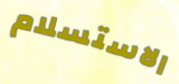
الاستسلام